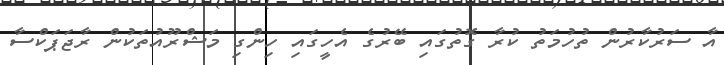
އާ ސަރުކާރުން ތުހުމަތު ކުރާ ގޮތުގައި ބޭރުގެ އެހީގައި ހިންގި މަޝްރޫއުތަކުން ރާޖަޕަކްސާ